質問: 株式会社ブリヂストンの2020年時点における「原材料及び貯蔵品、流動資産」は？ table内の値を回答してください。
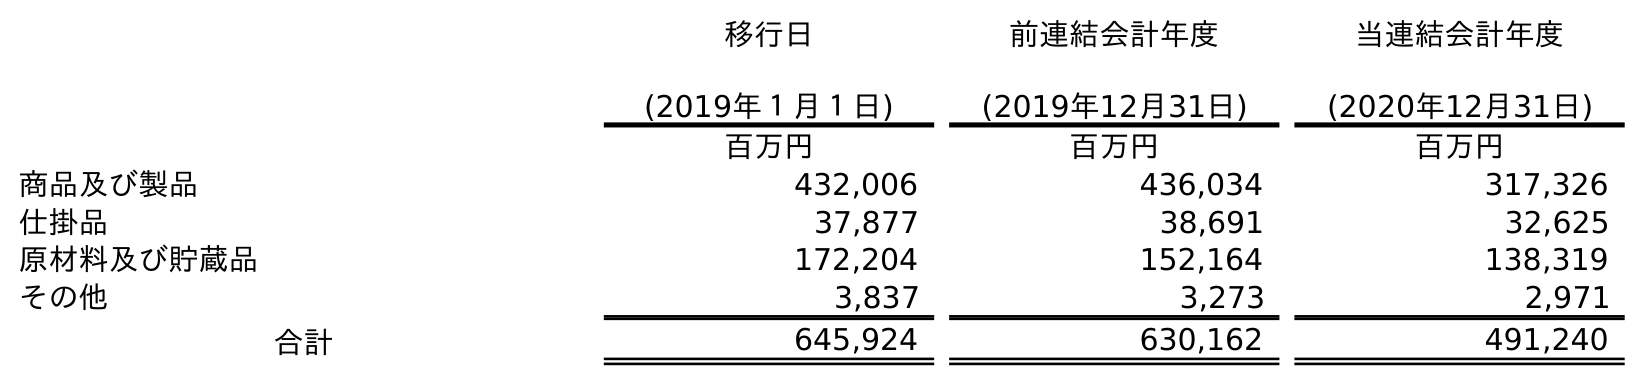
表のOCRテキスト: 移行日 (2019年１月１日) 前連結会計年度 (2019年12月31日) 当連結会計年度 (2020年12月31日) 百万円 百万円 百万円 商品及び製品 432,006 436,034 317,326 仕掛品 37,877 38,691 32,625 原材料及び貯蔵品 172,204 152,164 138,319 その他 3,837 3,273 2,971 合計 645,924 630,162 491,240
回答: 138,319